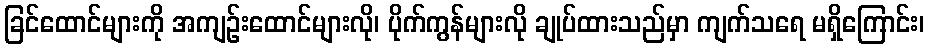
ခြင်ထောင်များကို အကျဉ်းထောင်များလို၊ ပိုက်ကွန်များလို ချုပ်ထားသည်မှာ ကျက်သရေ မရှိကြောင်း၊